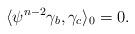
LaTeX: \begin{align*}\langle \psi^{n-2}\gamma_b, \gamma_c\rangle_{0}=0.\end{align*}